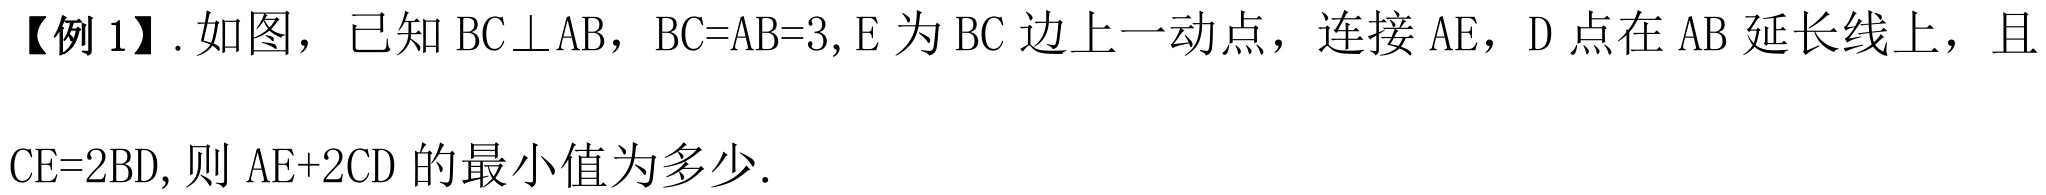
【例 1】. 如图，已知 \(BC\perp AB\)，\(BC = AB = 3\), \(E\) 为 \(BC\) 边上一动点，连接 \(AE\)，\(D\) 点在 \(AB\) 延长线上，且 \(CE = 2BD\), 则 \(AE + 2CD\) 的最小值为多少.